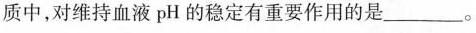
质中，对维持血液pH的稳定有重要作用的是_______。